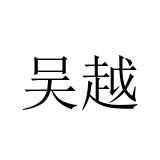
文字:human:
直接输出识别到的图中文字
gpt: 吴越